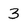
Character: 3